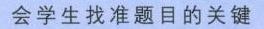
会学生找准题目的关键